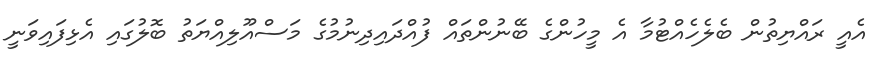
އެއީ ރައްޔިތުން ބެލެހެއްޓުމާ އެ މީހުންގެ ބޭނުންތައް ފުއްދައިދިނުމުގެ މަސްއޫލިއްޔަތު ބޮލުގައި އެޅިފައިވަނީ